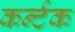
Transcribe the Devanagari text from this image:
कर्न्टक